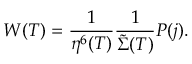
W ( T ) = \frac { 1 } { \eta ^ { 6 } ( T ) } \frac { 1 } { { \tilde { \Sigma } } ( T ) } { \cal P } ( j ) .